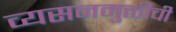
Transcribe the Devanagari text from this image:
व्यसनमुक्तीची